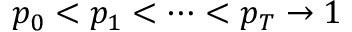
p _ { 0 } < p _ { 1 } < \dots < p _ { T } \rightarrow 1